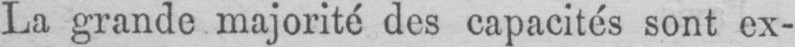
La grande majorité des capacités sont ex-